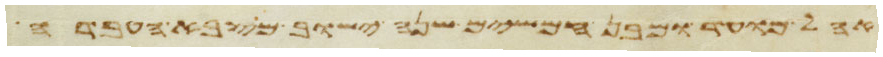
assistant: אהל מועד ומבן חמשים שנה ישוב מצבא העבדה